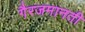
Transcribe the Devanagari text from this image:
गैरजमानती